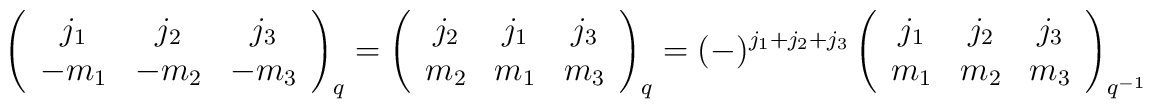
\left(\begin{array} {c c c}j_{1}& j_{2}& j_{3}\\-m_{1}& -m_{2}& -m_{3}\\\end{array}\right)_{q}=\left(\begin{array} {c c c}j_{2}& j_{1}& j_{3}\\m_{2}& m_{1}& m_{3}\\\end{array}\right)_{q}=(-)^{j_{1}+j_{2}+j_{3}}\left(\begin{array} {c c c}j_{1}& j_{2}& j_{3}\\m_{1}& m_{2}& m_{3}\\\end{array}\right)_{q^{-1}}